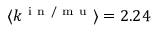
\langle k ^ { \mathrm { ~ i ~ n ~ / ~ m ~ u ~ } } \rangle = 2 . 2 4